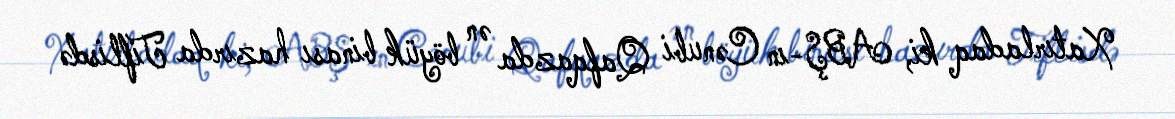
Xatırladaq ki, ABŞ-ın Cənubi Qafqazda ən böyük binası hazırda Tiflisdə